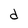
Character: d